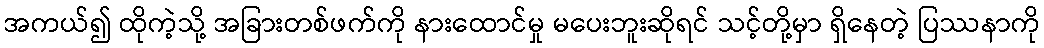
အကယ်၍ ထိုကဲ့သို့ အခြားတစ်ဖက်ကို နားထောင်မှု မပေးဘူးဆိုရင် သင့်တို့မှာ ရှိနေတဲ့ ပြဿနာကို